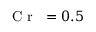
\mathrm { ~ \textit ~ { ~ C ~ r ~ } ~ } { } = 0 . 5